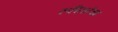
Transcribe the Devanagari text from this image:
स्फीततेचा